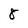
Character: 8